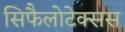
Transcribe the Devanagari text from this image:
सिफैलोटेक्सस